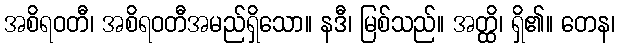
အစိရဝတီ၊ အစိရဝတီအမည်ရှိသော။ နဒီ၊ မြစ်သည်။ အတ္ထိ၊ ရှိ၏။ တေန၊